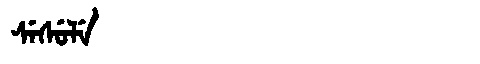
Manchu: ᠰᡝᠰᡠᠯᡝ
Romanization: SESULE